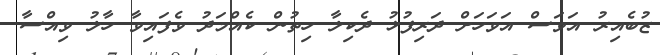
ޒުބެއިރު އަވަސް އަވަހަށް ދަރިފުޅު ދެކިލާ ހިތުން ކެއްމަދު ވެފައިވާ ހާލު ވިއްސާ